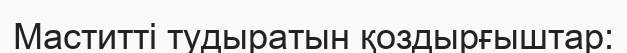
Маститті тудыратын қоздырғыштар: